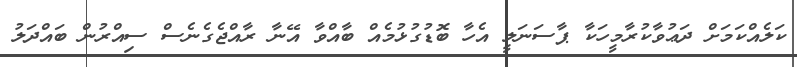
ކަލެއްކަމަށް ދަޢުވާކުރާމީހަކާ ޕާސަނަލީ އެހާ ބޮޑުގުޅުމެއް ބާއްވާ އޭނާ ރާއްޖެގެނެސް ސިއްރުން ބައްދަލު